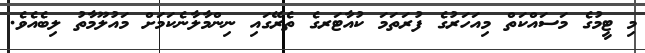
މި ޓީމުގެ މަސައްކަތް މިއަހަރުގެ ފުރަތަމަ ކުއާޓަރގެ ތެރޭގައި ނިންމާލާނެކަމަށް މައުލޫމާތު ލިބެއެވެ.